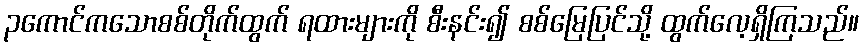
၃ကောင်ကသောစစ်တိုက်ထွက် ရထားများကို စီးနင်း၍ စစ်မြေပြင်သို့ ထွက်လေ့ရှိကြသည်။